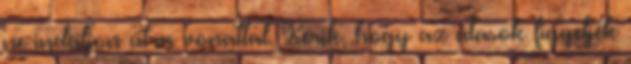
ne induljon útra vonattal. Kérik, hogy az utasok figyeljék